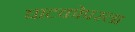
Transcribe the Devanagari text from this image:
घाटकोपरला